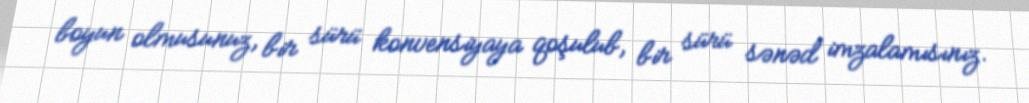
boyun olmusunuz, bir sürü konvensiyaya qoşulub, bir sürü sənəd imzalamısınız.